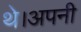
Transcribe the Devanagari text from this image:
थे।अपनी